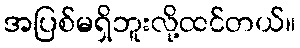
အပြစ်မရှိဘူးလို့ထင်တယ်။